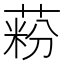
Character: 𦶚